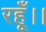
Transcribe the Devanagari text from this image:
रहूँ।।